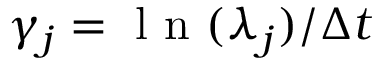
\gamma _ { j } = { \mathrm { ~ l ~ n ~ } ( \lambda _ { j } ) } / { \Delta t }